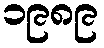
၁၉၈၉